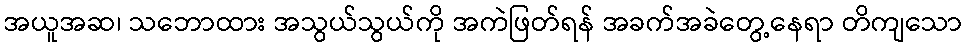
အယူအဆ၊ သဘောထား အသွယ်သွယ်ကို အကဲဖြတ်ရန် အခက်အခဲတွေ့နေရာ တိကျသော